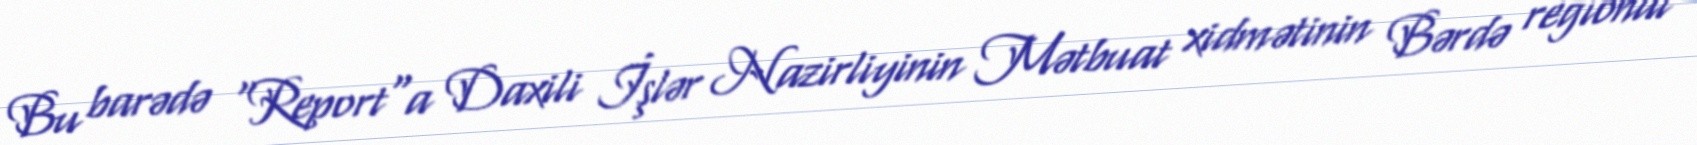
Bu barədə "Report"a Daxili İşlər Nazirliyinin Mətbuat xidmətinin Bərdə regional